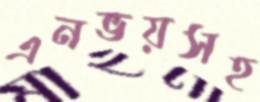
এনভয়সহ